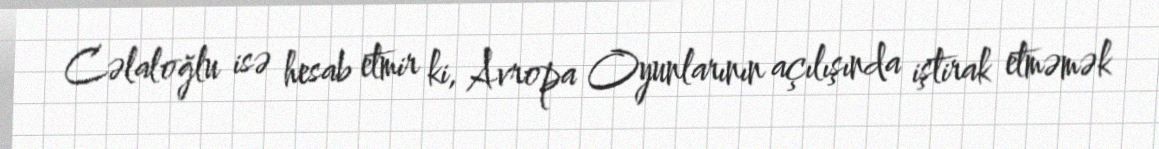
Cəlaloğlu isə hesab etmir ki, Avropa Oyunlarının açılışında iştirak etməmək